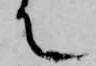
て